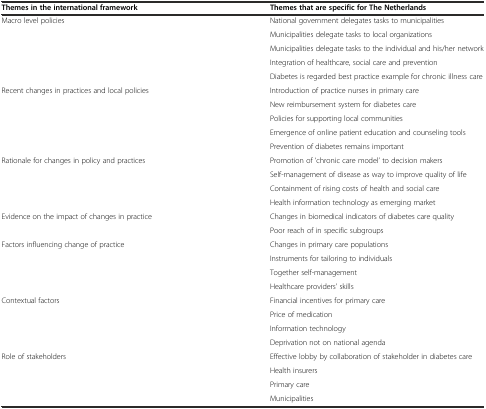
<table><thead><tr><td><b>Themes in the international framework</b></td><td><b>Themes that are specific for The Netherlands</b></td></tr></thead><tbody><tr><td rowspan="5">Macro level policies</td><td>National government delegates tasks to municipalities</td></tr><tr><td>Municipalities delegate tasks to local organizations</td></tr><tr><td>Municipalities delegate tasks to the individual and his/her network</td></tr><tr><td>Integration of healthcare, social care and prevention</td></tr><tr><td>Diabetes is regarded best practice example for chronic illness care</td></tr><tr><td rowspan="5">Recent changes in practices and local policies</td><td>Introduction of practice nurses in primary care</td></tr><tr><td>New reimbursement system for diabetes care</td></tr><tr><td>Policies for supporting local communities</td></tr><tr><td>Emergence of online patient education and counseling tools</td></tr><tr><td>Prevention of diabetes remains important</td></tr><tr><td rowspan="4">Rationale for changes in policy and practices</td><td>Promotion of ‘chronic care model’ to decision makers</td></tr><tr><td>Self-management of disease as way to improve quality of life</td></tr><tr><td>Containment of rising costs of health and social care</td></tr><tr><td>Health information technology as emerging market</td></tr><tr><td rowspan="2">Evidence on the impact of changes in practice</td><td>Changes in biomedical indicators of diabetes care quality</td></tr><tr><td>Poor reach of in specific subgroups</td></tr><tr><td rowspan="4">Factors influencing change of practice</td><td>Changes in primary care populations</td></tr><tr><td>Instruments for tailoring to individuals</td></tr><tr><td>Together self-management</td></tr><tr><td>Healthcare providers’ skills</td></tr><tr><td rowspan="4">Contextual factors</td><td>Financial incentives for primary care</td></tr><tr><td>Price of medication</td></tr><tr><td>Information technology</td></tr><tr><td>Deprivation not on national agenda</td></tr><tr><td rowspan="4">Role of stakeholders</td><td>Effective lobby by collaboration of stakeholder in diabetes care</td></tr><tr><td>Health insurers</td></tr><tr><td>Primary care</td></tr><tr><td>Municipalities</td></tr></tbody></table>